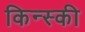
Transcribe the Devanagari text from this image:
किन्स्की